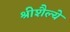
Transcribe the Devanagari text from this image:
श्रीशैल्ये